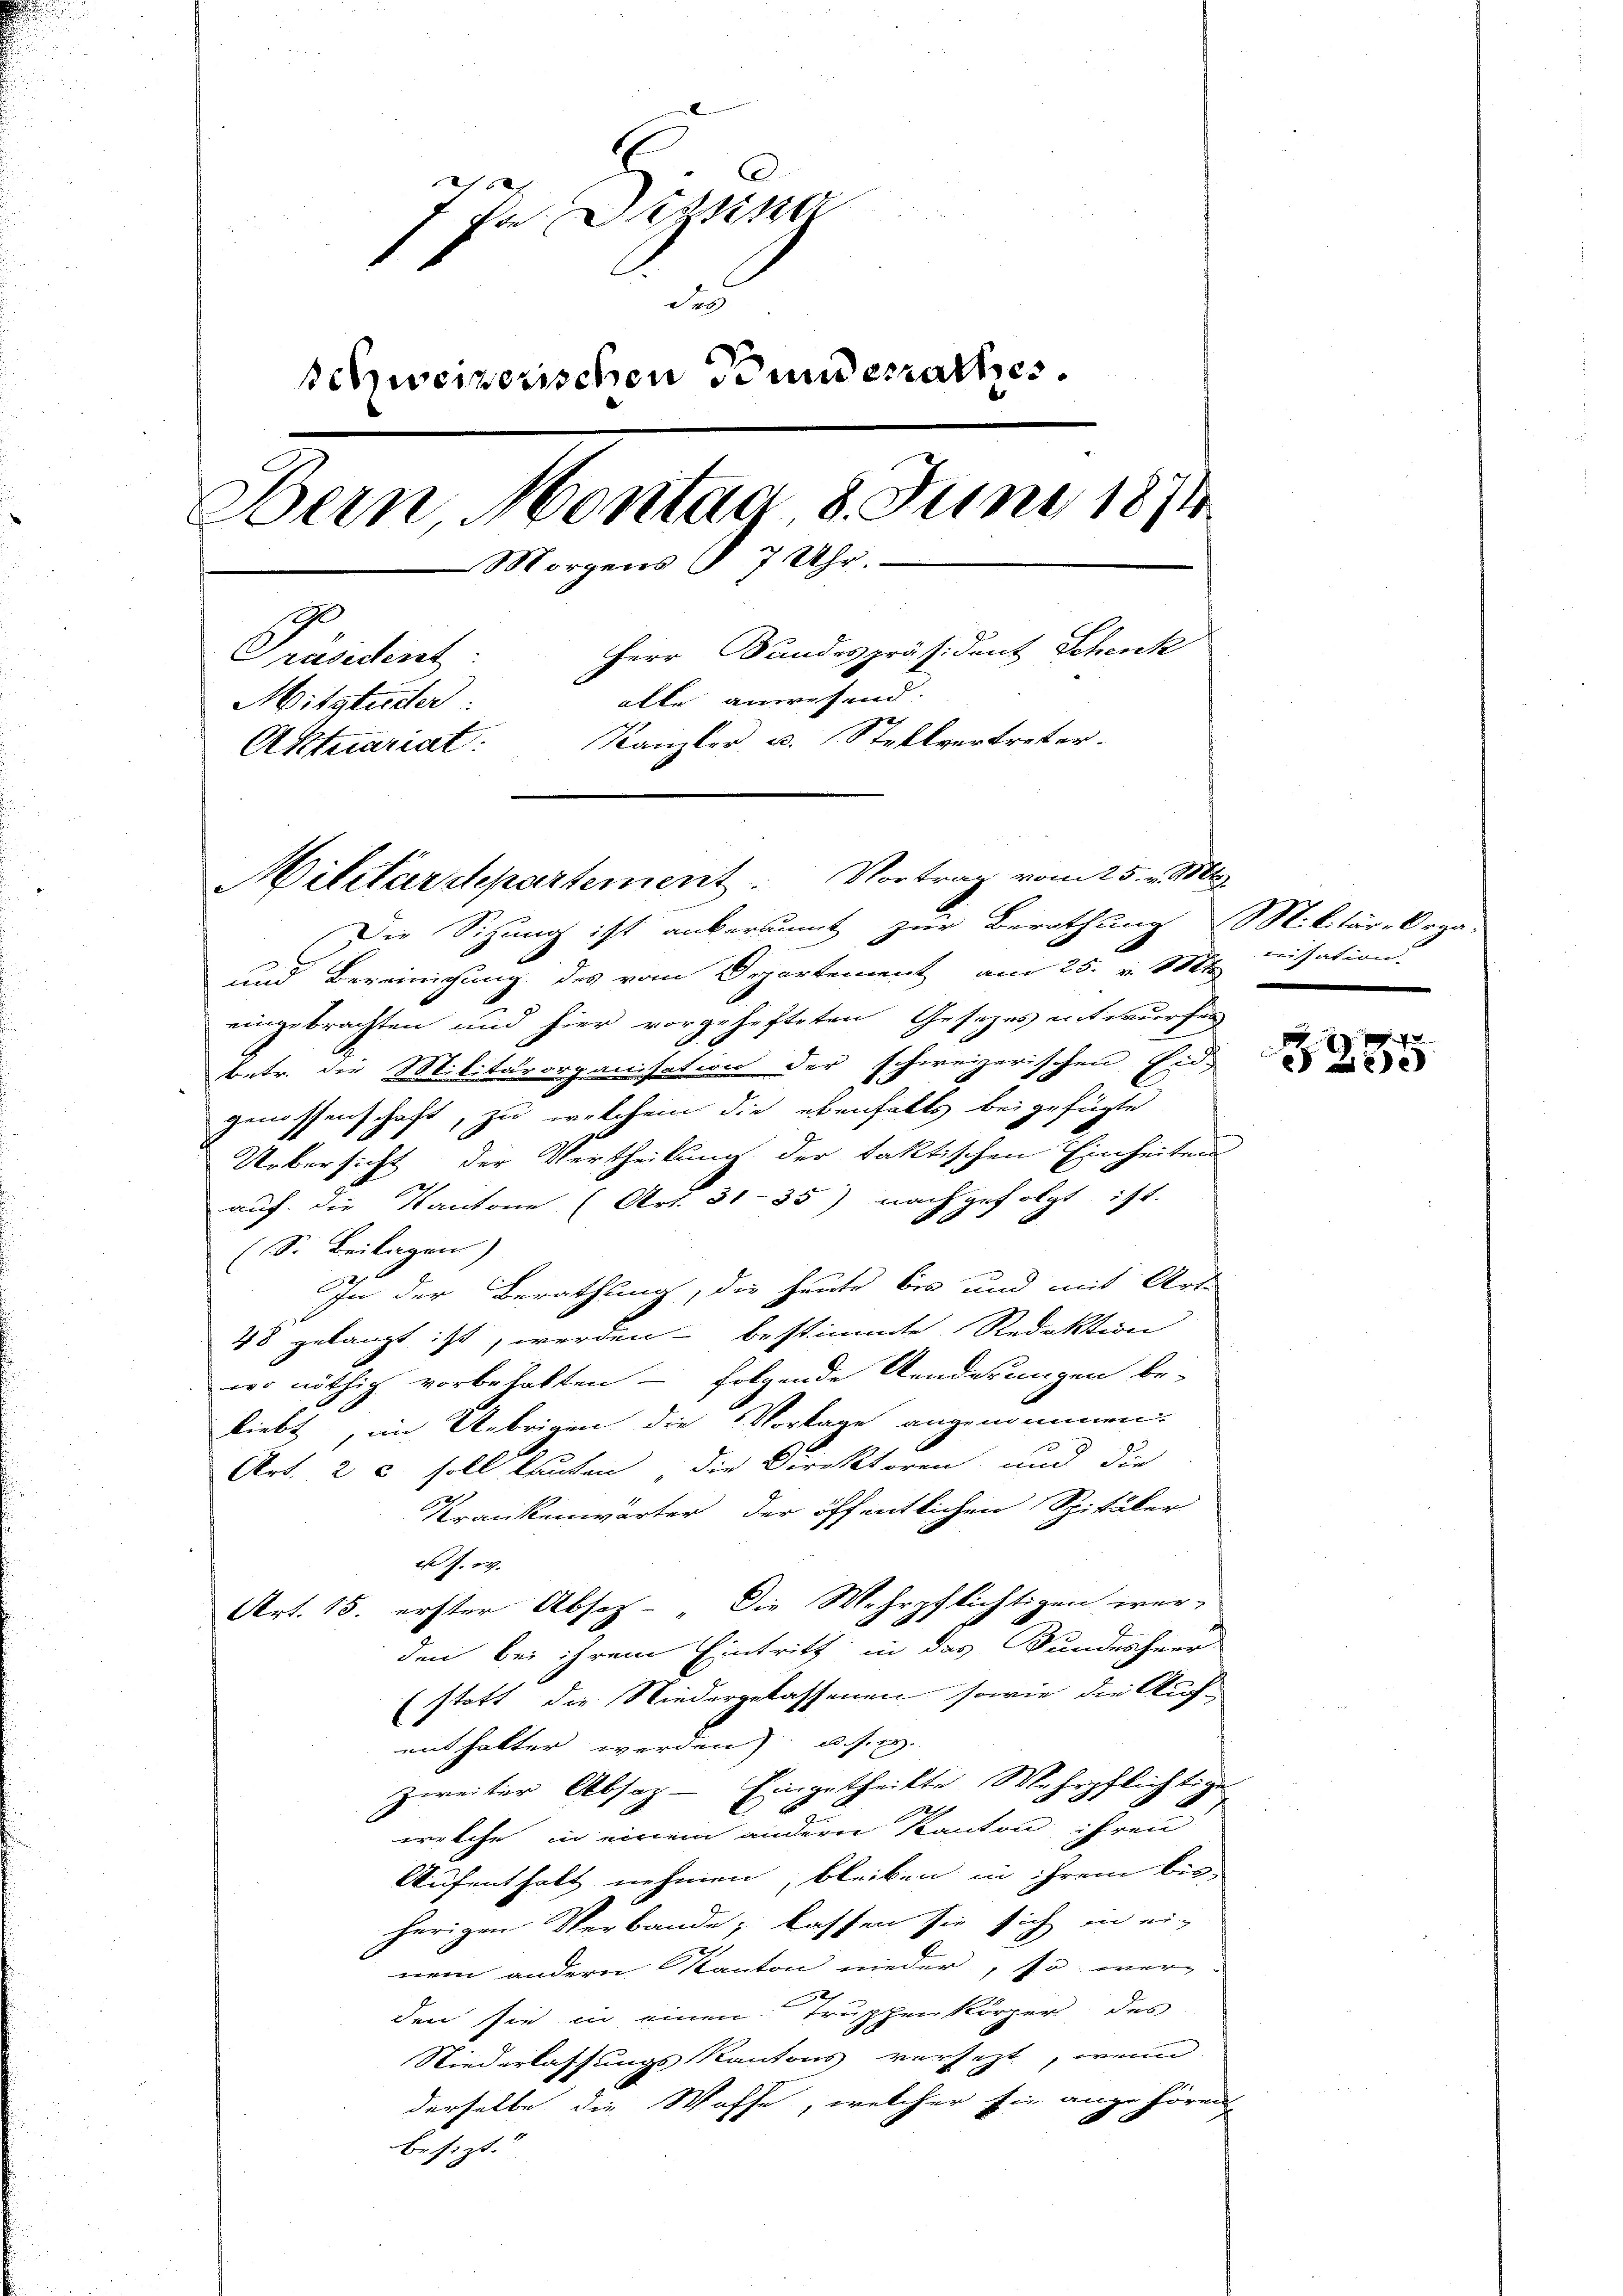
7 Dezen
Ses
schweizerischen Bunderrathes.
Dein Montag 8. Juni 1874.
Morgens § 7 Uhr.
Herr Bundespräsident Schenk
Präsident
alle anwesend.
Mitatierter
Kanzler u. Stellvertreter.
Aktuariat

Militärdepartement. Vortrag vom 25. v. Mts.
Die Sitzung ist anerkannt zur Berathung Militär-Orga-

und Bereinigung des vom Departement am 25. v. Mts.
eingebrachten und hier vorgehefteten Gesezes entwürfen
betr. die Militärorganisation der schweizerischen Eid-
genossenschaft, zu welchem die ebenfalls beigefügte
Uebersicht der Vertheilung der faktischen Einheiten
auf die Kantone (Art. 31–35) nachgefolgt ist.
(S. Beilagen)
In der Berathung, die heute bis und mit Arte
48 gelangt ist, werden bestimmte Redaktion
wo nöthig vorbehalten folgende Aenderungen be-
liebt, im Uebrigen die Vorlage angenommen.
Art. 2 c soll lauten, die Direktoren und die
Krankenwärter der öffentlichen Spitäler
e s. w.
Art. 15. erster Absetz - „Die Mehrpflichtigen wer-
den bei ihrem Eintritt in das Bundesherr
(statt die Niedergelassenen sowie die Auf-
enthalter werden, u. s. w.
zweiter Absatz- Eingetheilte Wehrpflichtige
welche in einem andern Kanton ihren
Aufenthalt nehmen, bleiben in ihrem bis
herigen Verbande, lassen sie sich in ein
nem andern Kanton nieder, so wer-
52
den sie in einen Truppen körper des
Niederlassungs Kantons versetzt, wenn
derselbe die Waffe, welcher sie angehören
besizt.

cusation
.

3235.